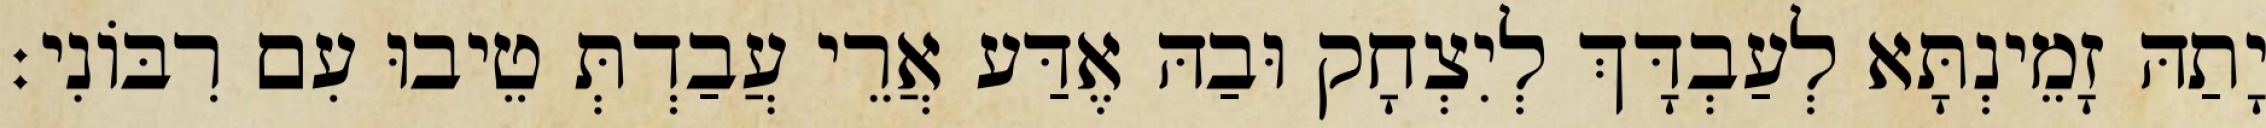
יָתַהּ זָמֵינְתָּא לְעַבְדָּךְ לְיִצְחָק וּבַהּ אֶדַּע אֲרֵי עֲבַדְתְּ טֵיבוּ עִם רִבּוֹנִי׃